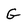
Character: G